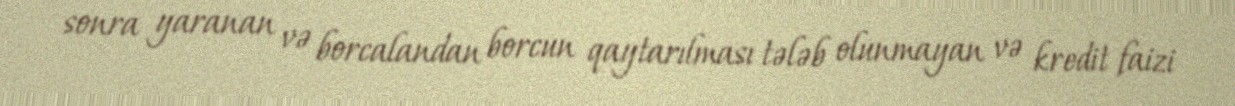
sonra yaranan və borcalandan borcun qaytarılması tələb olunmayan və kredit faizi